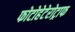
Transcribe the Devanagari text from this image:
फोटोहेटेरोट्राफ